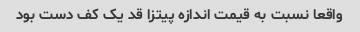
واقعا نسبت به قیمت اندازه پیتزا قد یک کف دست بود